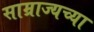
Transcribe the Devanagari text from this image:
साम्राज्यच्या